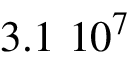
3 . 1 \ 1 0 ^ { 7 }